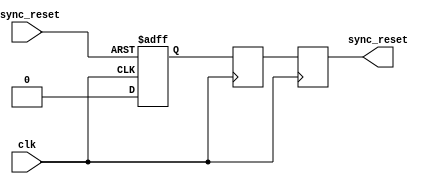
module async_reset_synchronizer (
    input wire clk,               // Clock input
    input wire async_reset,       // Asynchronous reset input
    output reg sync_reset         // Synchronized reset output
);

// Internal signals for the flip-flops
reg ff1, ff2;

// Always block to sample the asynchronous reset on the rising edge of the clock
always @(posedge clk or posedge async_reset) begin
    if (async_reset) begin
        ff1 <= 1'b1; // Capture active reset
    end else begin
        ff1 <= 1'b0; // Reset on clock rising edge if async_reset is not asserted
    end
end

// Second flip-flop for further synchronization
always @(posedge clk) begin
    ff2 <= ff1; // Pass the output of the first flip-flop to the second
end

// Generate the synchronized reset output
always @(posedge clk) begin
    sync_reset <= ff2; // Output the synchronized reset
end

endmodule